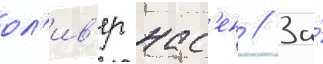
ол'ив'ер нас'ен // За́